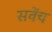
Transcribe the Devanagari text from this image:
सवेंच